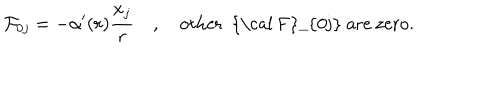
{ \cal F } _ { 0 j } = - \alpha ^ { \prime } ( r ) \frac { x _ { j } } r \quad , \quad \mathrm { o t h e r ~ { \cal ~ F } _ { 0 j } ~ a r e ~ z e r o } .